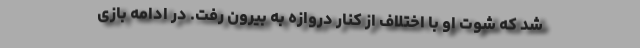
شد که شوت او با اختلاف از کنار دروازه به بیرون رفت. در ادامه بازی